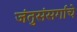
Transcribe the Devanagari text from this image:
जंतुसंसर्गाचे